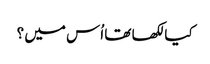
کیا لکھا تھا اُس میں ؟